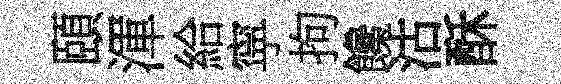
頤渾給寜拘饞沽酥